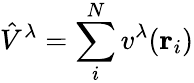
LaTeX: \hat{V}^{\lambda}=\sum_{i}^{N}v^{\lambda}(\mathbf{r}_{i})